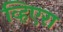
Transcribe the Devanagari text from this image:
व्हिएरा